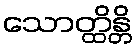
သောတ္ထိန္တိ